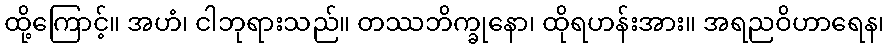
ထို့ကြောင့်။ အဟံ၊ ငါဘုရားသည်။ တဿဘိက္ခုနော၊ ထိုရဟန်းအား။ အရညဝိဟာရေန၊